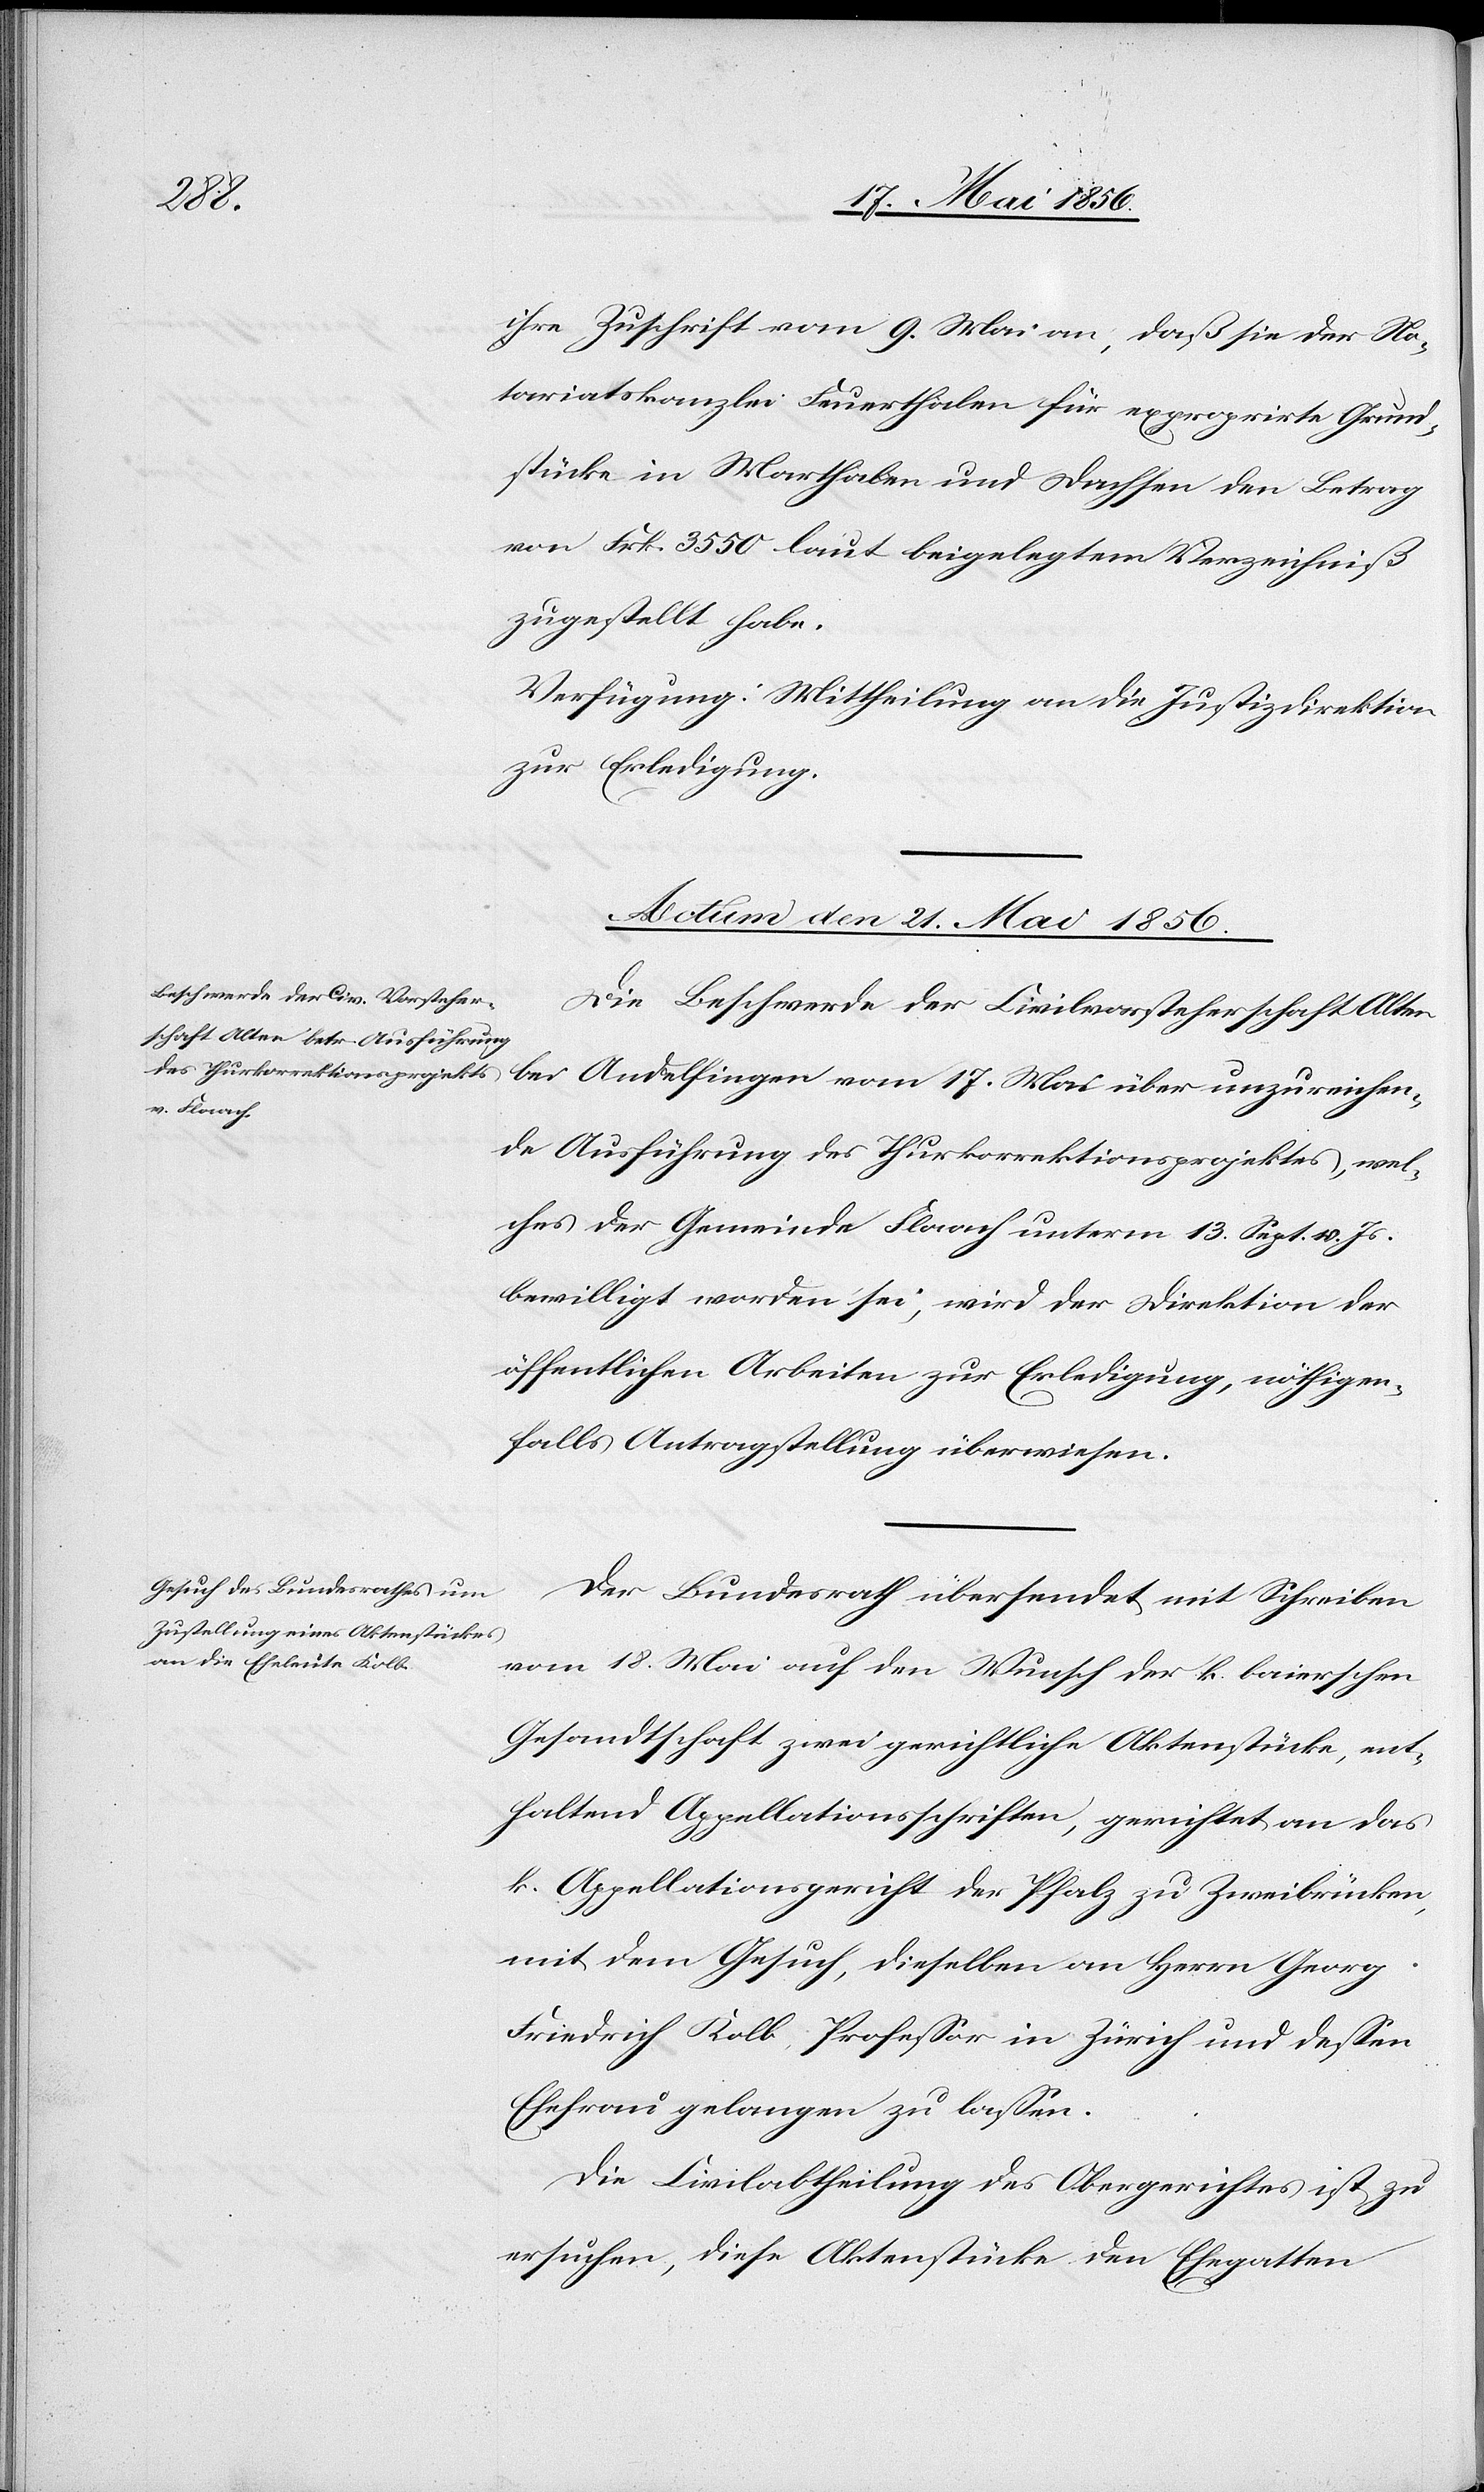
ihre Zuschrift vom 9. Mai an, daß sie der No¬
tariatskanzlei Feuerthalen für exproprirte Grund¬
stücke in Marthalen und Dachsen den Betrag
von Frk. 3550 laut beigelegtem Verzeichniß
zugestellt habe.
Verfügung: Mittheilung an die Justizdirektion
zur Erledigung.
Actum den 21. Mai 1856.]
Die Beschwerde der Civilvorsteherschaft Alten
bei Andelfingen vom 17. Mai über unzureichen¬
de Ausführung des Thurkorrektionsprojektes, wel¬
ches der Gemeinde Flaach unterm 13. Sept. v. Js.
bewilligt worden sei, wird der Direktion der
öffentlichen Arbeiten zur Erledigung, nöthigen¬
falls Antragstellung überwiesen.
Der Bundesrath übersendet mit Schreiben
vom 18. Mai auf den Wunsch der k. baierschen
Gesandtschaft zwei gerichtliche Aktenstücke, ent¬
haltend Appellationsschriften, gerichtet an das
k. Appellationsgericht der Pfalz zu Zweibrücken,
mit dem Gesuch, dieselben an Herrn Georg
Friedrich Kolb, Professor in Zürich und dessen
Ehefrau gelangen zu lassen.
Die Civilabtheilung des Obergerichtes ist zu
ersuchen, diese Aktenstücke den Ehegatten